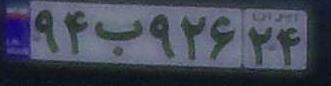
۹۴ب۹۲۶۲۴